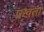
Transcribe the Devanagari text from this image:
प्रखता